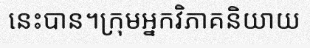
នេះបាន។ក្រុមអ្នកវិភាគនិយាយ